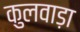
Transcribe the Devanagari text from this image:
कुलवाड़ा